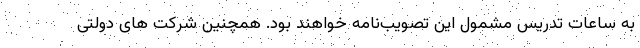
به ساعات تدریس مشمول این تصویب­نامه خواهند بود. همچنین شرکت های دولتی